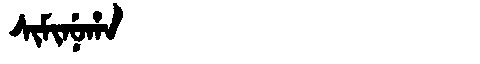
Manchu: ᠰᡳᠮᡳᠨᡠᡥᠠ
Romanization: SIMINUHA